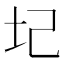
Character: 圮